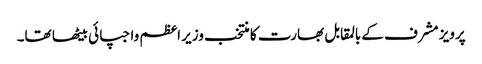
پرویز مشرف کے بالمقابل بھارت کا منتخب وزیر اعظم واجپائی بیٹھا تھا۔